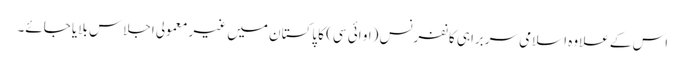
اس کے علاوہ اسلامی سربراہی کانفرنس (او ائی سی) کا پاکستان میں غیر معمولی اجلاس بلایا جائے۔